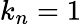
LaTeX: k_{n}=1